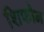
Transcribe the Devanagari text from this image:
शिफौन